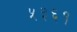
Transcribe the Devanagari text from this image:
५३६१